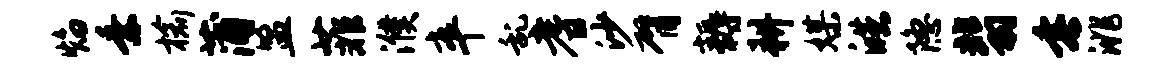
焰乘榆蒲盟菲濮卒乱耆沙臂耨耕媒皓隐翡垂洮